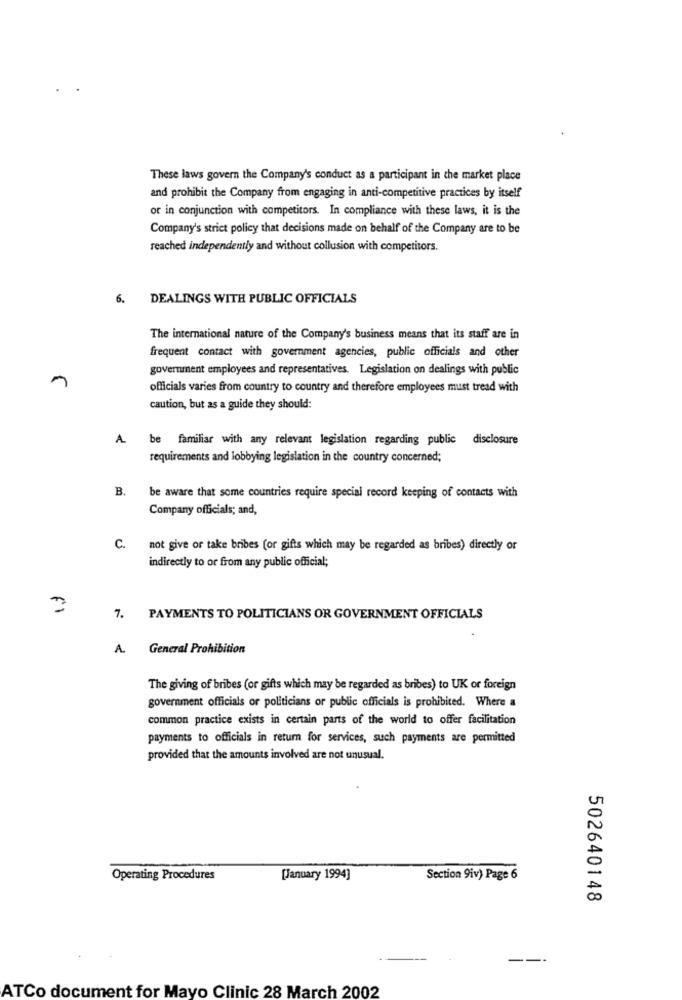
These laws govern the Company's conduct as a participant in the market place
and prohibit the Company from engaging in anti-competitive practices by itself
or in conjunction with competitors. In compliance with these laws, it is the
Company's strict policy that decisions made on behalf of the Company are to be
reached independently and without collusion with competitors.
6.
DEALINGS WITH PUBLIC OFFICIALS
The international nature of the Company's business means that its staff are in
frequent contact with government agencies, public officials and other
government employees and representatives. Legislation on dealings with public
officials varies from country to country and therefore employees must tread with
caution, but as a guide they should:
A
be familiar with any relevant legislation regarding public disclosure
requirements and lobbying legislation in the country concerned;
B.
be aware that some countries require special record keeping of contacts with
Company officials; and,
C.
not give or take bribes (or gifts which may be regarded as bribes) directly or
indirectly to or from any public official;
7. PAYMENTS TO POLITICIANS OR GOVERNMENT OFFICIALS
A.
General Prohibition
The giving of bribes (or gifts which may be regarded as bribes) to UK or foreign
government officials or politicians or public officials is prohibited. Where a
common practice exists in certain parts of the world to offer facilitation
payments to officials in return for services, such payments are permitted
provided that the amounts involved are not unusual.
Operating Procedures
[January 1994]
Section 9iv) Page 6
502640148
ATCo document for Mayo Clinic 28 March 2002